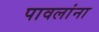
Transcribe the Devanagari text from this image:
पावलांना